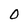
Character: O